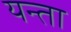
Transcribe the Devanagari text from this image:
यन्ता